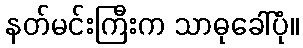
နတ်မင်းကြီးက သာဓုခေါ်ပုံ။